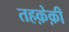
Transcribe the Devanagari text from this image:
तहक़ेक़ी